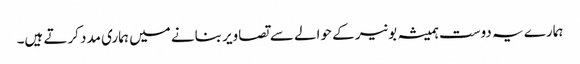
ہمارے یہ دوست ہمیشہ بونیر کے حوالے سے تصاویر بنانے میں ہماری مدد کرتے ہیں۔